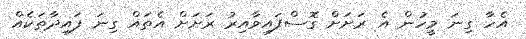
އެހާ ގިނަ މީހުން އެ ރަށަށް ގޮސްފައިވާއިރު ރަށަށް އެތައް ގިނަ ފައިދާތަކެއް